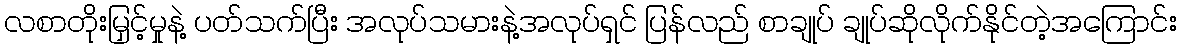
လစာတိုးမြှင့်မှုနဲ့ ပတ်သက်ပြီး အလုပ်သမားနဲ့အလုပ်ရှင် ပြန်လည် စာချုပ် ချုပ်ဆိုလိုက်နိုင်တဲ့အကြောင်း